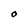
Character: O